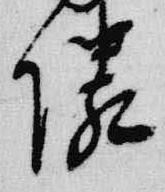
隣